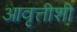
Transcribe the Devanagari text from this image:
आवृत्तीशी